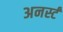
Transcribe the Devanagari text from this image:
अनर्स्टं